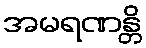
အမရဏန္တိ